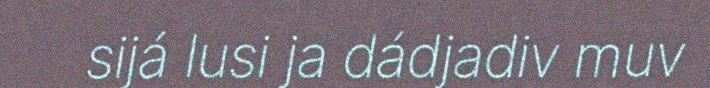
sijá lusi ja dádjadiv muv